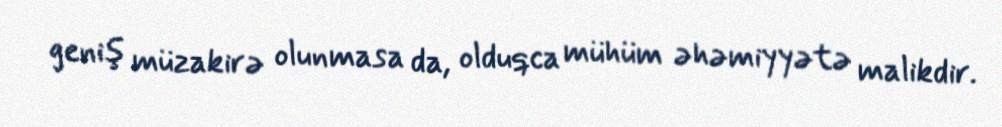
geniş müzakirə olunmasa da, olduqca mühüm əhəmiyyətə malikdir.